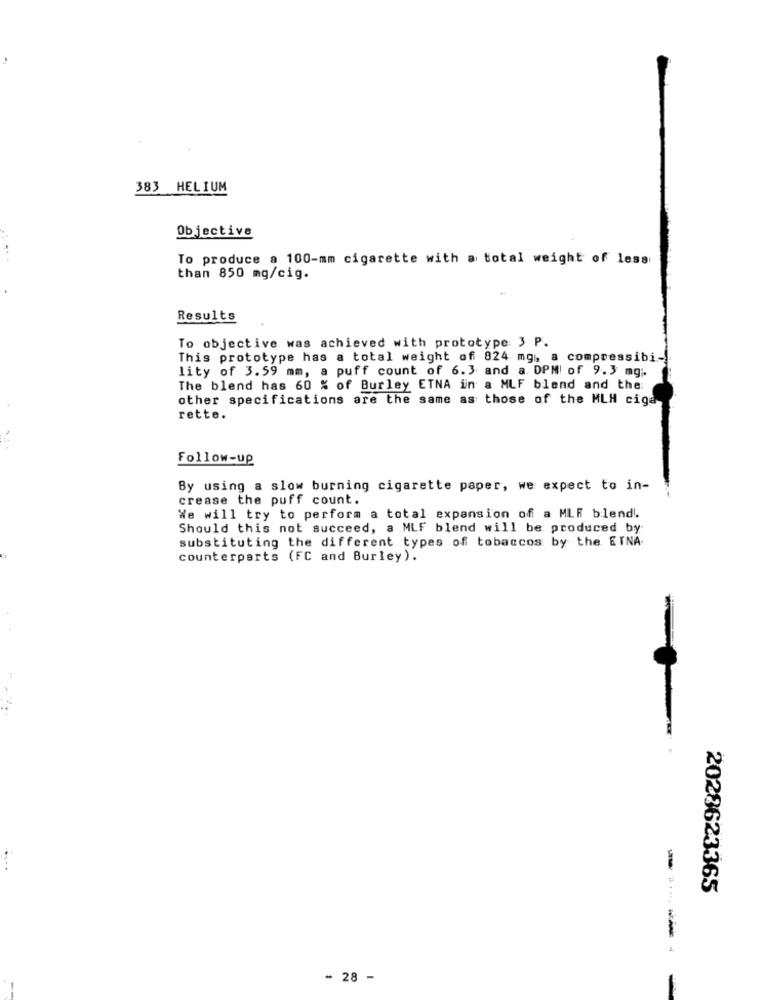
383 HELIUM
Objective
To produce a 100-mm cigarette with a total weight of less
than 850 mg/cig.
Results
To objective was achieved with prototype 3 P.
This prototype has a total weight of 824 mg, a compressibi-
lity of 3.59 mm, a puff count of 6.3 and a. DPMI of 9.3 mg;
The blend has 60 % of Burley ETNA in a MLF blend and the:
other specifications are the same as those of the MLH ciga
rette.
Follow-up
By using a slow burning cigarette paper, we expect to in-
crease the puff count.
We will try to perform a total expansion of a MLF blend !.
Should this not succeed, a MLF blend will be produced by
substituting the different types of tobaccos by the. ETNA.
counterparts (FC and Burley).
2028623365
----
- 28 -